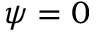
\psi = 0